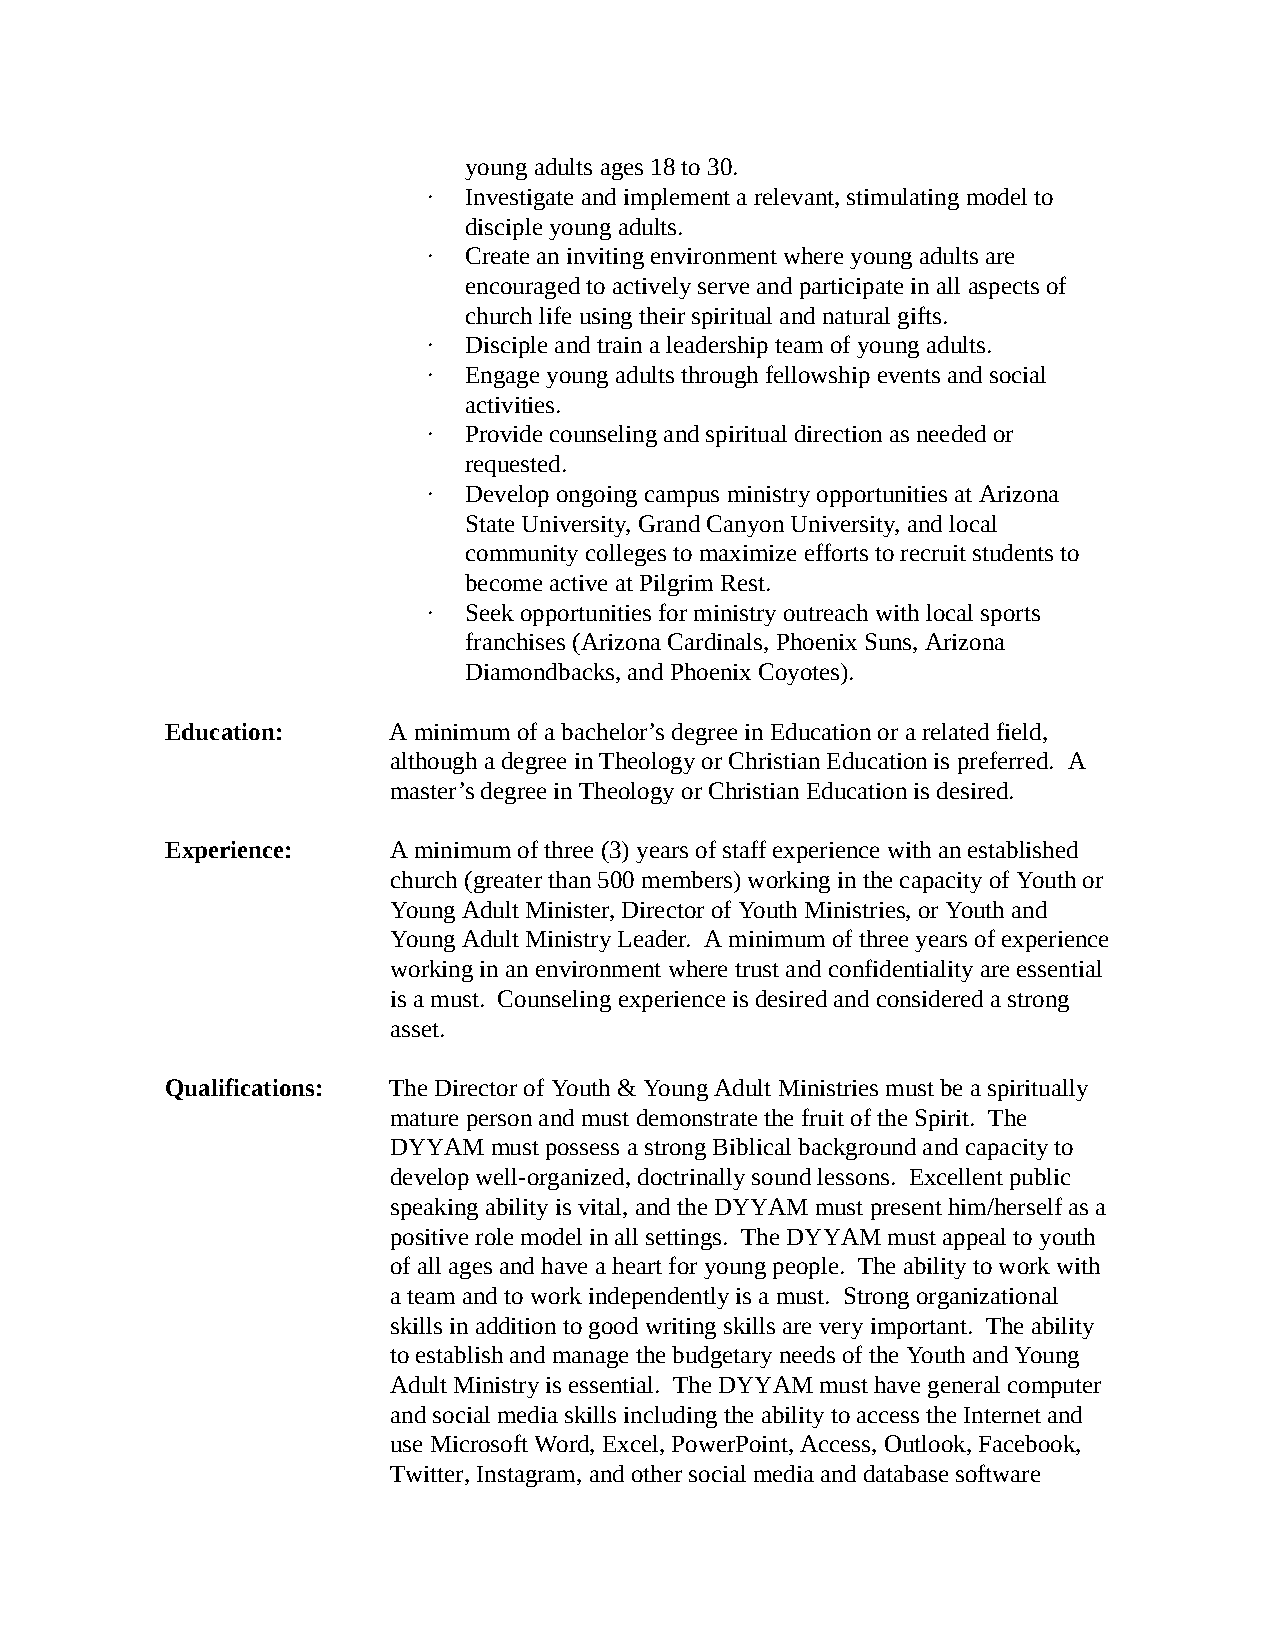
young adults ages 18 to 30.
 ∙  Investigate and implement a relevant, stimulating model to
 disciple young adults.
 ∙  Create an inviting environment where young adults are
 encouraged to actively serve and participate in all aspects of
 church life using their spiritual and natural gifts.
 ∙  Disciple and train a leadership team of young adults.
 ∙  Engage young adults through fellowship events and social
 activities.
 ∙  Provide counseling and spiritual direction as needed or
 requested.
 ∙  Develop ongoing campus ministry opportunities at Arizona
 State University, Grand Canyon University, and local
 community colleges to maximize efforts to recruit students to
 become active at Pilgrim Rest.
 ∙  Seek opportunities for ministry outreach with local sports
 franchises (Arizona Cardinals, Phoenix Suns, Arizona
 Diamondbacks, and Phoenix Coyotes).
 Education:     A minimum of a bachelor’s degree in Education or a related field,
 although a degree in Theology or Christian Education is preferred. A
 master’s degree in Theology or Christian Education is desired.
 Experience:    A minimum of three (3) years of staff experience with an established
 church (greater than 500 members) working in the capacity of Youth or
 Young Adult Minister, Director of Youth Ministries, or Youth and
 Young Adult Ministry Leader. A minimum of three years of experience
 working in an environment where trust and confidentiality are essential
 is a must. Counseling experience is desired and considered a strong
 asset.
 Qualifications: The Director of Youth & Young Adult Ministries must be a spiritually
 mature person and must demonstrate the fruit of the Spirit. The
 DYYAM must possess a strong Biblical background and capacity to
 develop well-organized, doctrinally sound lessons. Excellent public
 speaking ability is vital, and the DYYAM must present him/herself as a
 positive role model in all settings. The DYYAM must appeal to youth
 of all ages and have a heart for young people. The ability to work with
 a team and to work independently is a must. Strong organizational
 skills in addition to good writing skills are very important. The ability
 to establish and manage the budgetary needs of the Youth and Young
 Adult Ministry is essential. The DYYAM must have general computer
 and social media skills including the ability to access the Internet and
 use Microsoft Word, Excel, PowerPoint, Access, Outlook, Facebook,
 Twitter, Instagram, and other social media and database software